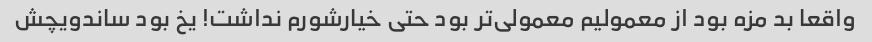
واقعا بد مزه بود از معمولیم معمولی‌تر بود حتی خیارشورم نداشت! یخ بود ساندویچش